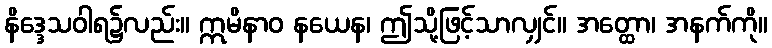
နိဒ္ဒေသဝါရ၌လည်း။ ဣမိနာဝ နယေန၊ ဤသို့ဖြင့်သာလျှင်။ အတ္ထော၊ အနက်ကို။